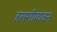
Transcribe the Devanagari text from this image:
हलगीवादन